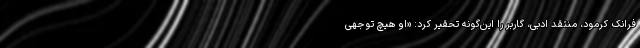
فرانک کِرمود، منتقد ادبی، گاربر را این‌گونه تحقیر کرد: «او هیچ توجهی